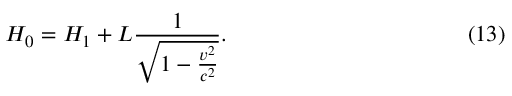
H _ { 0 } = H _ { 1 } + L \frac { 1 } { \sqrt { 1 - \frac { v ^ { 2 } } { c ^ { 2 } } } } . \eqno ( 1 3 )